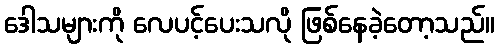
ဒေါသများကို လေပင့်ပေးသလို ဖြစ်နေခဲ့တော့သည်။